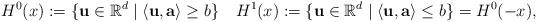
LaTeX: \begin{align*} H^0(x): = \{\mathbf{u}\in \mathbb{R}^d\mid \langle \mathbf{u}, \mathbf{a} \rangle \geq b\} \,\,\, \,\,\, H^1(x): = \{\mathbf{u}\in \mathbb{R}^d\mid \langle \mathbf{u}, \mathbf{a} \rangle \leq b\} = H^0(-x), \end{align*}